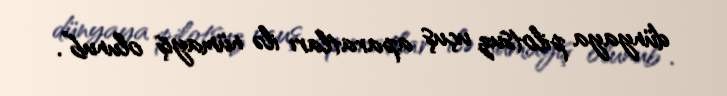
dünyaya pilotsuz uçuş aparatları ilə nümayiş olunub”.